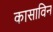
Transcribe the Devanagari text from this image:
कासाविन